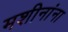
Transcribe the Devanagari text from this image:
मशीनांना